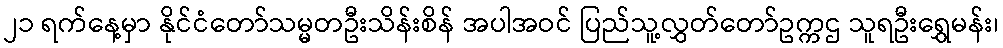
၂၁ ရက်နေ့မှာ နိုင်ငံတော်သမ္မတဦးသိန်းစိန် အပါအဝင် ပြည်သူ့လွှတ်တော်ဥက္ကဌ သူရဦးရွှေမန်း၊